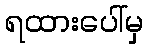
ရထားပေါ်မှ